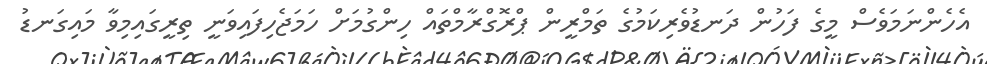
އެހެންނަމަވެސް މީގެ ފަހުން ދަނޑުވެރިކަމުގެ ތަމްރީން ޕްރޮގްރާމްތައް ހިންގުމަށް ހަމަޖެހިފައިވަނީ ތިރީގައިމިވާ މައިގަނޑު